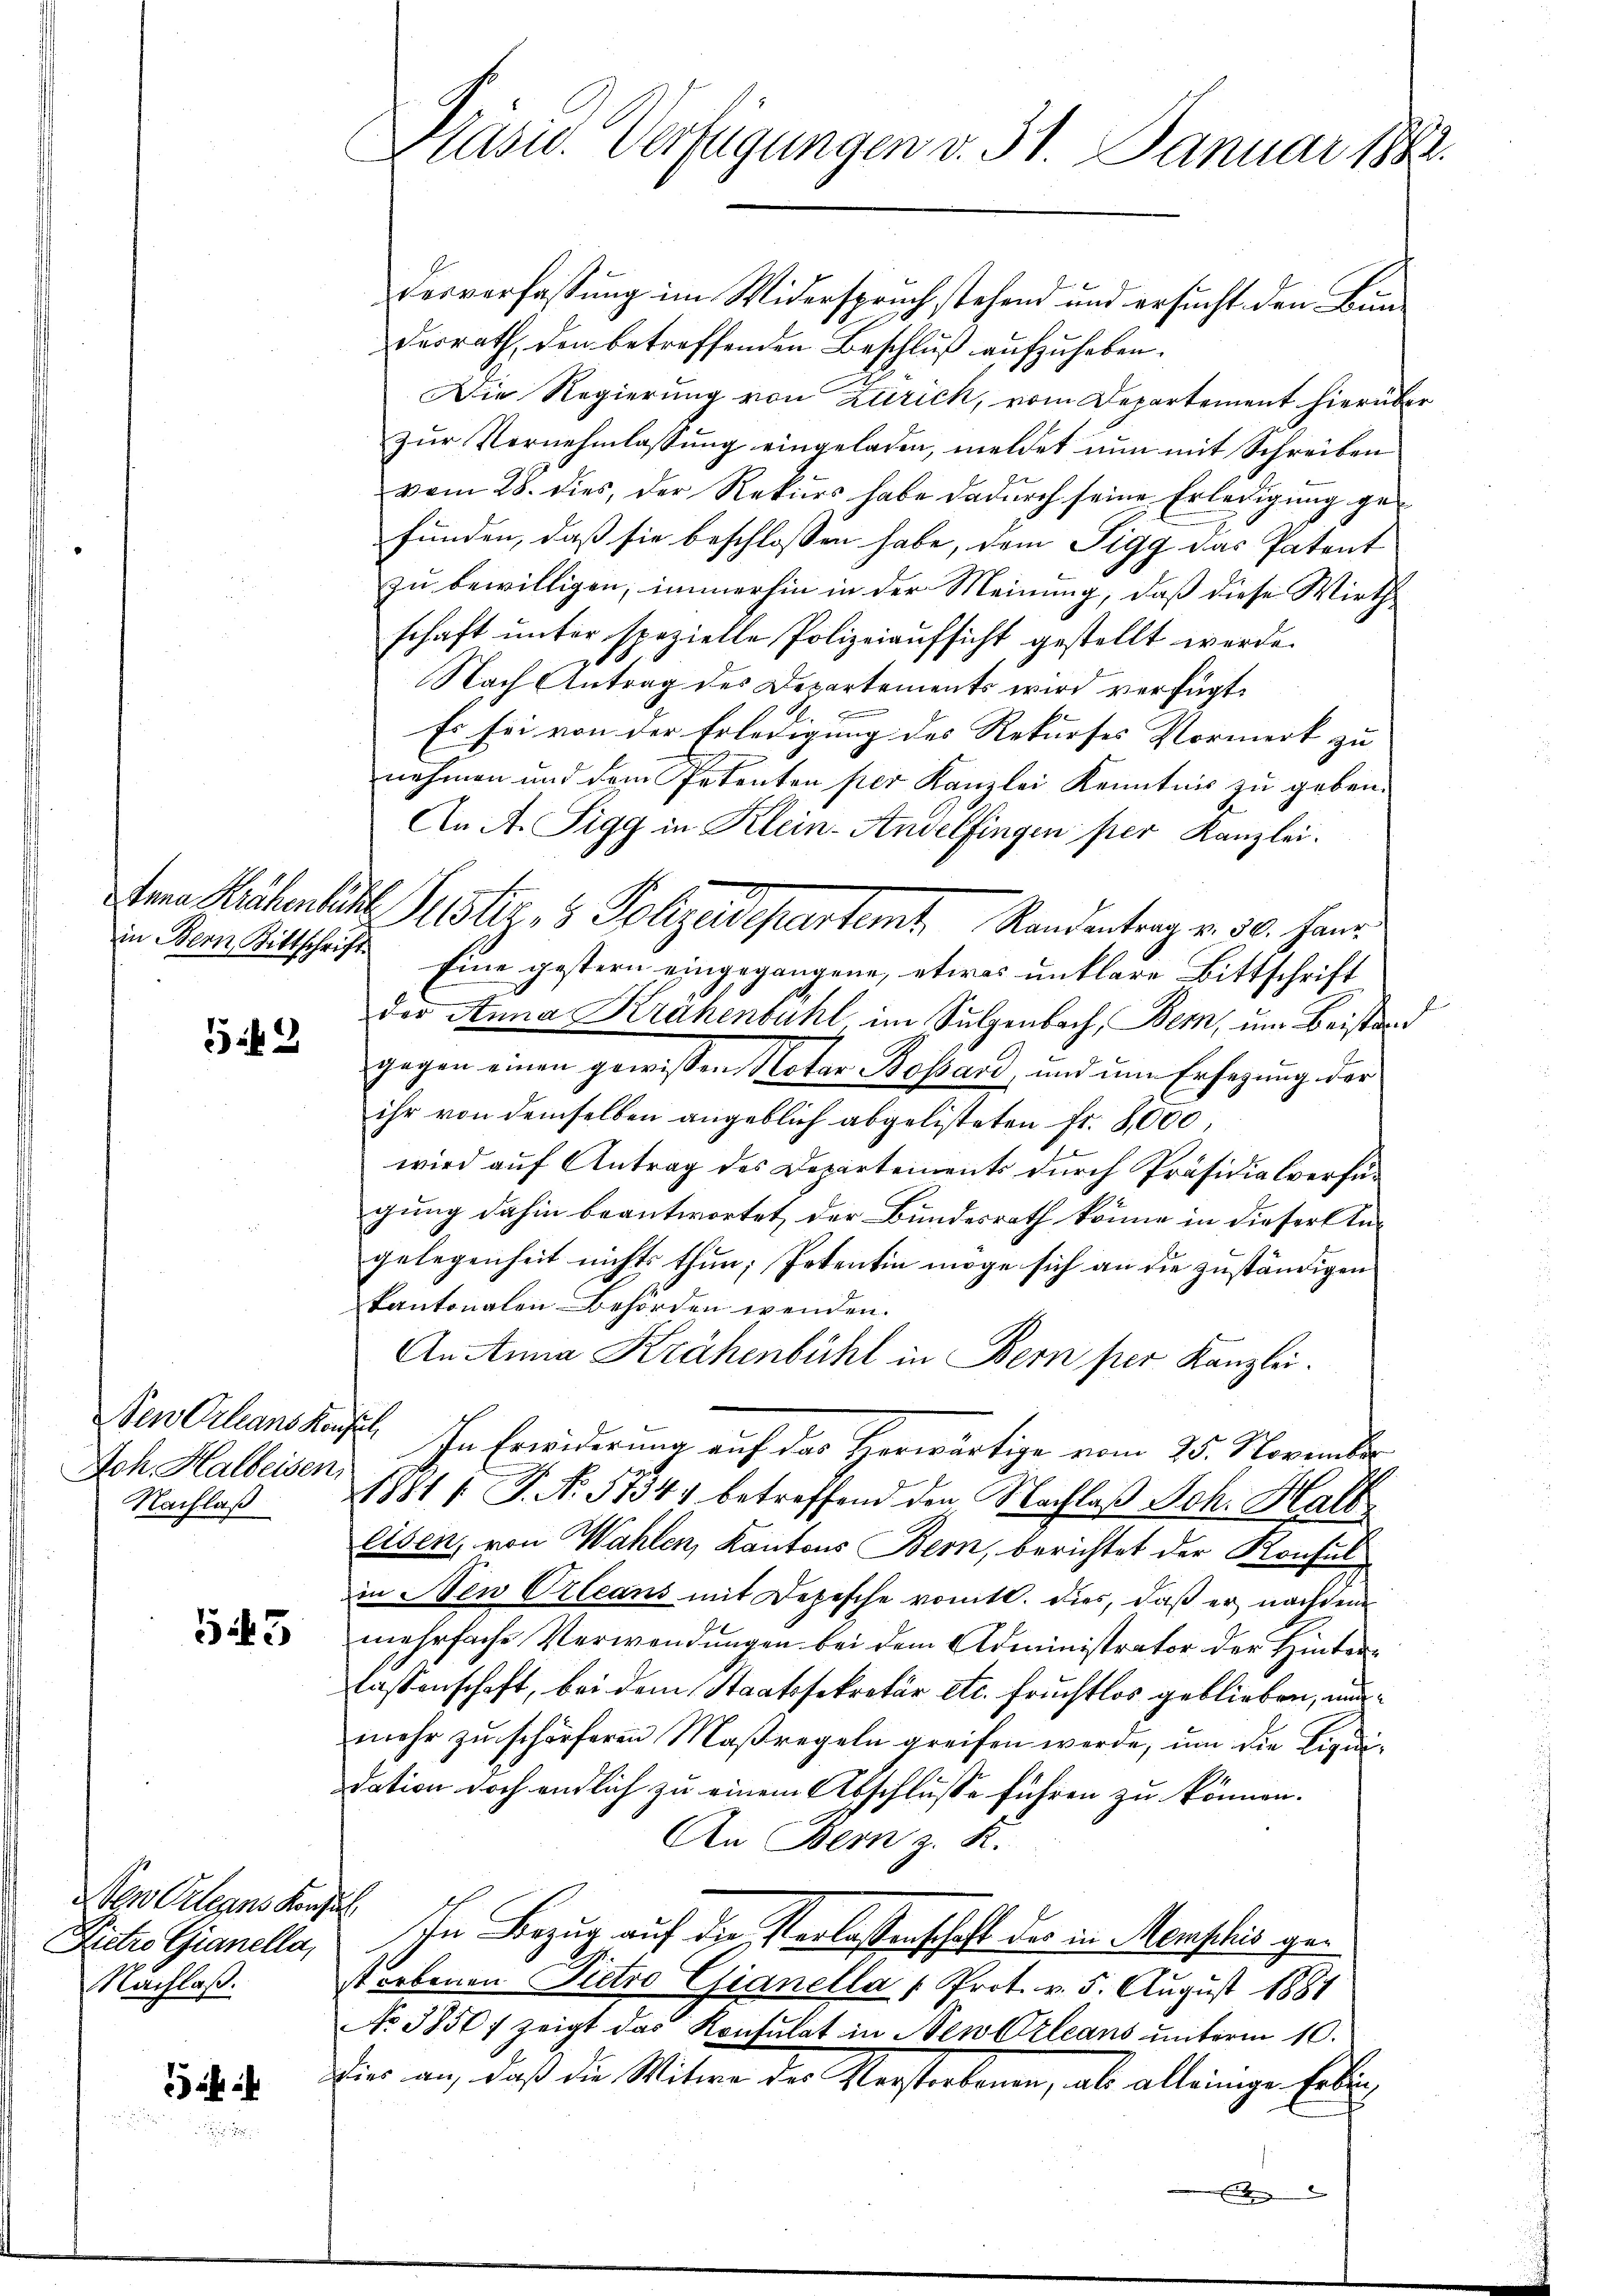
542

Neu Orleans Konsul
Ach Halbeisen
Nachlaß

543

Sen Orleans Konze
Pietes Ganella,
Nachlaß.

s
s

Präsid. Verfügungen v. 31. Januar 188

derverfassung im Widerspruch stehend und ersucht den Bundesrath, den betreffenden Beschluß aufzuheben.
Die Regierung von Zürich, vom Departement hierüber
zur Vernehmlassung eingeladen, meldet nun mit Schreiben
vom 28. dies, der Rekurs habe dadurch seine Erledigung gefunden, daß sie beschlossen habe, dem Sigg das Patent
zu bewilligen, immerhin in der Meinung, daß diese Wirthschaft unter spezielle Polizeiaufsicht gestellt werde.
Nach Antrag des Departements wird verfügt:
Es sei von der Erledigung des Rekurses Vormerk zu
nehmen und dem Petenten per Kanzlei Kenntnis zu geben.
An A. Sigg in Klein-Andelfingen per Kanzlei.
in Bern Bittschrift. Eine gestern eingegangene, etwas unklare Bittschrift
der Anna Krahenbühl im Sulzenbach, Bern, um Beistand
gegen einen gewissen Notar Bossard, und um Ersezung der
ihr von demselben angeblich abgelisteten Fr. 3,000,
wird auf Antrag des Departements durch Präsidialverfügung dahin beantwortet, der Bundesrath könne in dieser Angelegenheit nichts thun; Petentin möge sich an die zuständigen
kantonalen Behörden wenden.
AnAnna Krähenbühl in Bern per Kanzlei.
In Erwiderung auf das Herwärtige vom 25. November
1881 / P. Nr. 58341 betreffend den Nachlaβ Joh. Halt
Eisen, von Wahlen, Kantons Bern, berichtet der Konsulin Neu Orleans mit Depesche vomtl. dies, daß er nachdem
mehrfache Verwendungen bei dem Administrator der Hinterlassenschaft, bei dem Staatssekretär etc. fruchtlos geblieben, unmehr zu schörferen Maßregeln greifen werde, um die Liquidation doch endlich zu einem Abschlusse führen zu können.
An Bern z. R.
In Bezug auf die Verlassenschaft des in Menschus ge¬
4 orbenen Pietro Gianella " Prot. v. 5. August 1881
No 3850, zeigt das Konsulat in Neu Orleans unterm 10.
dies an, daß die Witwe des Verstorbenen, als alleinige Erbin¬

Dem Michenland Justiz- & Polizeidepartemt, Randentrag v. 30. Han¬